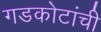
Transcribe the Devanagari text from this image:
गडकोटांची